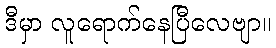
ဒီမှာ လူရောက်နေပြီလေဗျာ။